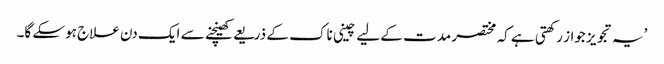
’یہ تجویز جواز رکھتی ہے کہ مختصر مدت کے لیے چینی ناک کے ذریعے کھینچنے سے ایک دن علاج ہوسکے گا۔